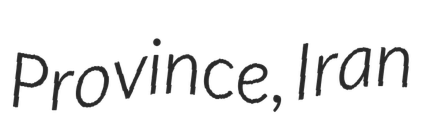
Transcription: Province, Iran